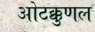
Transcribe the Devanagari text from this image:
ओटक्कुणल